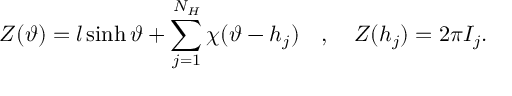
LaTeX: Z ( \vartheta ) = l \sinh \vartheta + \displaystyle \sum _ { j = 1 } ^ { N _ { H } } \chi ( \vartheta - h _ { j } ) \quad , \quad Z ( h _ { j } ) = 2 \pi I _ { j } .